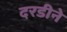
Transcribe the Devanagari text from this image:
दरडीने